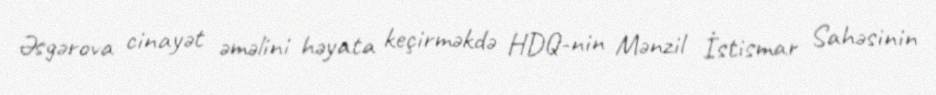
Əsgərova cinayət əməlini həyata keçirməkdə HDQ-nin Mənzil İstismar Sahəsinin